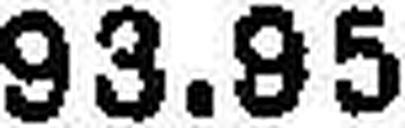
93.95